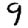
Digit: 9